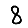
Digit: 8